Leaving Certificate Examination (including Day School Certificate (Higher) General paper), 1937
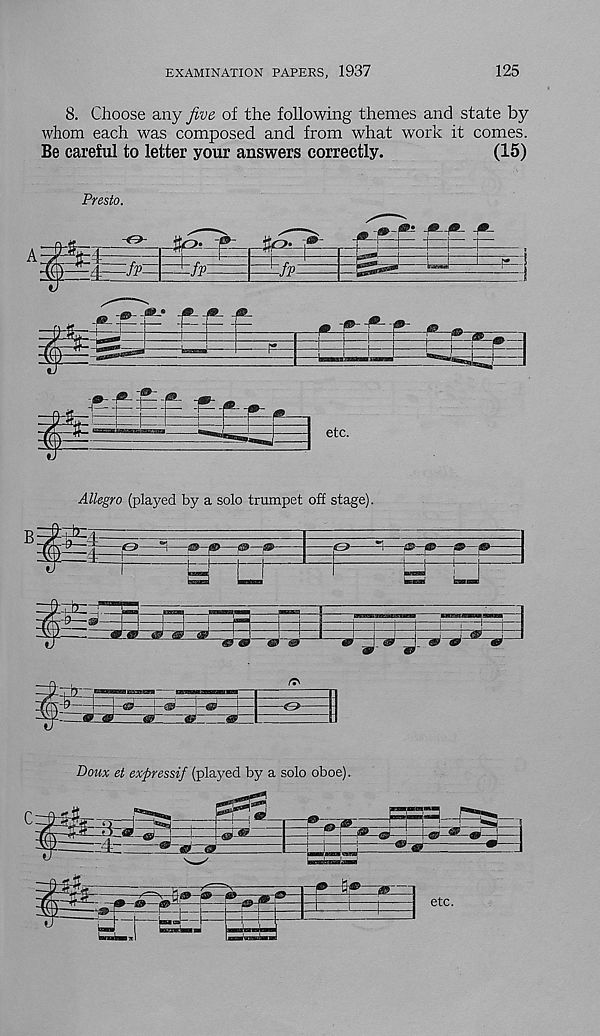
EXAMINATION PAPERS, 1937
125
8. Choose any five of the following themes and state by
whom each was composed and from what work it comes.
Be careful to letter your answers correctly.
(15)
Presto.
Allegro (played by a solo trumpet off stage).
18> —2S>-
-g- g>--» »
i
& •"TT
:-rb-,
# &
«ig
ar
Doma: ei exftressif (played by a solo oboe).
etc.